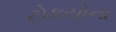
ટોકયોના